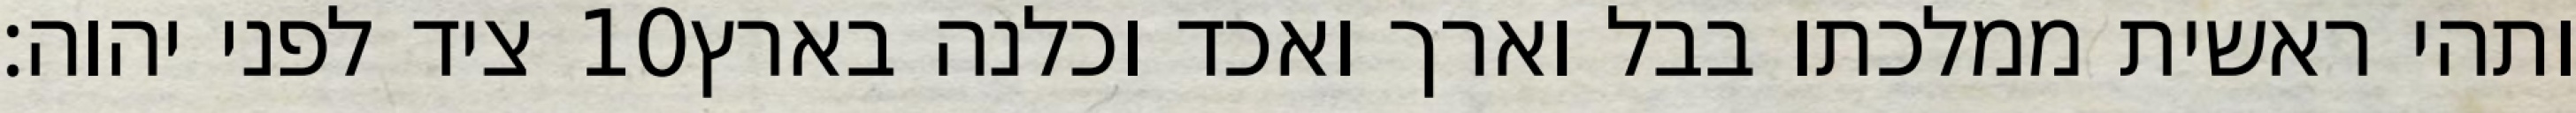
ציד לפני יהוה׃ ‎10‏ ותהי ראשית ממלכתו בבל וארך ואכד וכלנה בארץ